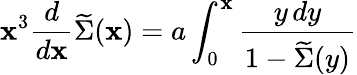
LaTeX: \mathbf{x}^{3}{\frac{{d}}{{d\mathbf{x}}}}\widetilde{\Sigma}(\mathbf{x})=a\int_{0}^{\mathbf{x}}{\frac{{y\, dy}}{{1-\widetilde{\Sigma}(y)}}}